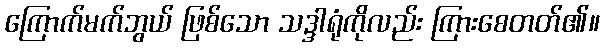
ကြောက်မက်ဘွယ် ဖြစ်သော သဒ္ဒါရုံကိုလည်း ကြားစေတတ်၏။